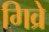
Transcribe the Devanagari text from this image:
गिव्रे